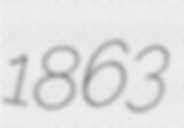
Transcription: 1863